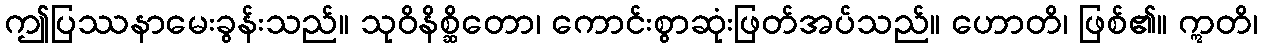
ဤပြဿနာမေးခွန်းသည်။ သုဝိနိစ္ဆိတော၊ ကောင်းစွာဆုံးဖြတ်အပ်သည်။ ဟောတိ၊ ဖြစ်၏။ ဣတိ၊